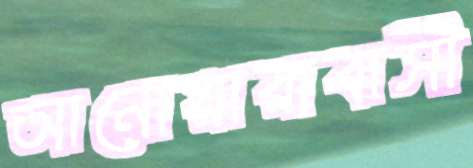
আনোয়ারাবাসী